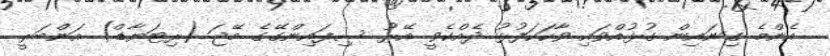
އެންމެ ގިނައިން ގުޅުއްވައި ވާހަކަފުޅު ދެއްކެވީ އޭރު ސިފައިންގޭގެ މޭޖަ (ރިޓަޔާޑް) އަންބަރީ